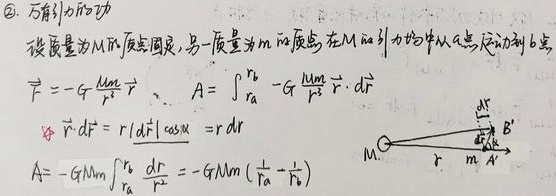
\textcircled{2}. 万有引力的功
设质量为$M$的质点固定，另一质量为$m$的质点，在$M$的引力场中从$a$点运动到$b$点，
$\vec{F}=-G\frac{Mm}{r^{2}}\vec{r^{0}}$ ，$A = \int_{r_{a}}^{r_{b}}-G\frac{Mm}{r^{2}}\vec{r^{0}}\cdot d\vec{r}$
$\because \vec{r^{0}}\cdot d\vec{r}=|\vec{r^{0}}||d\vec{r}|\cos\alpha = rdr$
$A=-GMm\int_{r_{a}}^{r_{b}}\frac{dr}{r^{2}}=-GMm(\frac{1}{r_{a}}-\frac{1}{r_{b}})$